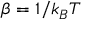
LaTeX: \beta = 1 / k _ { B } T